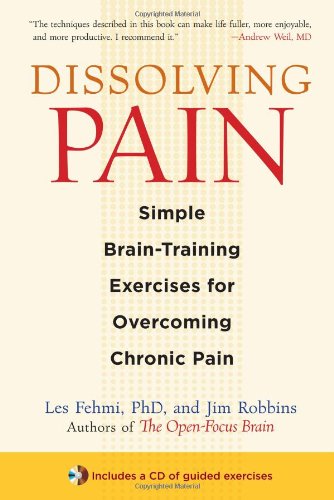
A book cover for Dissolving Pain: Simple Brain-Training Exercises for Overcoming Chronic Pain; Les Fehmi; Health, Fitness & Dieting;